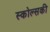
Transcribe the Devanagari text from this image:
स्कोल्सकी